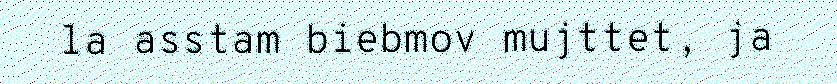
la asstam biebmov mujttet, ja